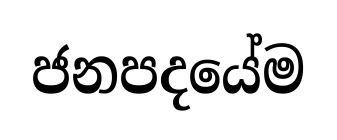
ජනපදයේම